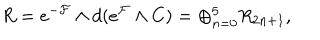
LaTeX: R = e ^ { - { \cal { F } } } \wedge d ( e ^ { \cal { F } } \wedge C ) = \oplus _ { n = 0 } ^ { 5 } R _ { 2 n + 1 } , \qquad